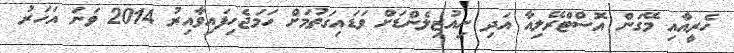
ހެރީއާއި މޭގަން އޮސްޓްރޭލިއާ އަދި ނިއުޒިލެންޑަށް ވަޑައިގަތުމަށް ހަމަޖެހިފައިވާއިރު 2014 ވަނަ އަހަރު